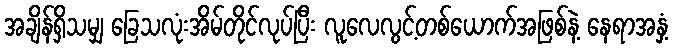
အချိန်ရှိသမျှ ခြေသလုံးအိမ်တိုင်လုပ်ပြီး လူလေလွင့်တစ်ယောက်အဖြစ်နဲ့ နေရာအနှံ့